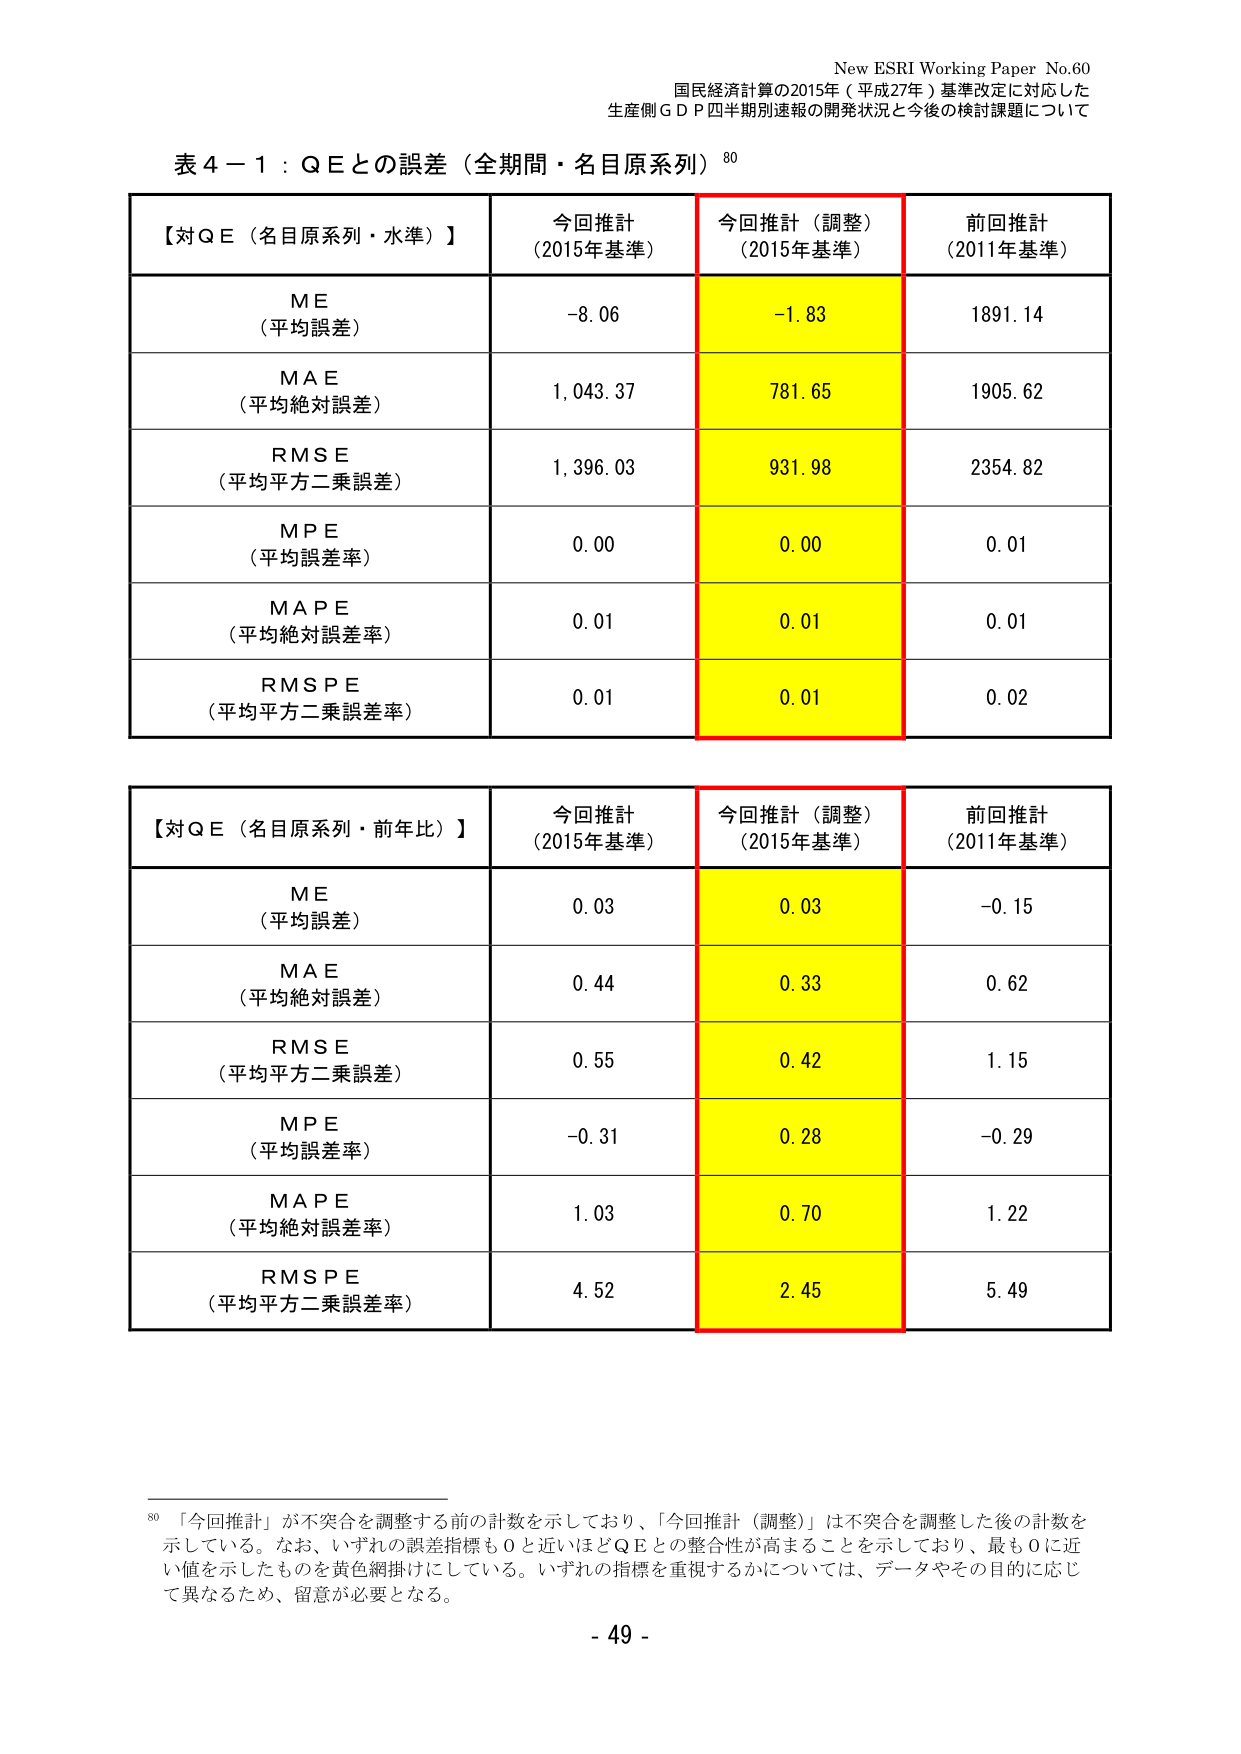
New ESRI Working Paper No.60
国民経済計算の2015年（平成27年）基準改定に対応した
生産側ＧＤＰ四半期別速報の開発状況と今後の検討課題について

表４－１：ＱＥとの誤差（全期間・名目原系列）⁸⁰

【対ＱＥ（名目原系列・水準）】
今回推計（2015年基準）　今回推計（調整）（2015年基準）　前回推計（2011年基準）
ＭＥ（平均誤差）　　　　　　-8.06　　　　　　　　　　-1.83　　　　　　　　　　1891.14
ＭＡＥ（平均絶対誤差）　　　1,043.37　　　　　　　　781.65　　　　　　　　　1905.62
ＲＭＳＥ（平均平方二乗誤差）　1,396.03　　　　　　　　931.98　　　　　　　　　2354.82
ＭＰＥ（平均誤差率）　　　　0.00　　　　　　　　　　0.00　　　　　　　　　　0.01
ＭＡＰＥ（平均絶対誤差率）　　0.01　　　　　　　　　　0.01　　　　　　　　　　0.01
ＲＭＳＰＥ（平均平方二乗誤差率）　0.01　　　　　　　　　0.01　　　　　　　　　0.02

【対ＱＥ（名目原系列・前年比）】
今回推計（2015年基準）　今回推計（調整）（2015年基準）　前回推計（2011年基準）
ＭＥ（平均誤差）　　　　　　0.03　　　　　　　　　　0.03　　　　　　　　　　-0.15
ＭＡＥ（平均絶対誤差）　　　0.44　　　　　　　　　　0.33　　　　　　　　　　0.62
ＲＭＳＥ（平均平方二乗誤差）　0.55　　　　　　　　　　0.42　　　　　　　　　　1.15
ＭＰＥ（平均誤差率）　　　　-0.31　　　　　　　　　　0.28　　　　　　　　　　-0.29
ＭＡＰＥ（平均絶対誤差率）　　1.03　　　　　　　　　　0.70　　　　　　　　　　1.22
ＲＭＳＰＥ（平均平方二乗誤差率）　4.52　　　　　　　　　2.45　　　　　　　　　　5.49

⁸⁰ 「今回推計」が不突合を調整する前の計数を示しており、「今回推計（調整）」は不突合を調整した後の計数を示している。なお、いずれの誤差指標も０と近いほどＱＥとの整合性が高まることを示しており、最も０に近い値を示したものを黄色網掛けにしている。いずれの指標を重視するかについては、データやその目的に応じて異なるため、留意が必要となる。

- 49 -